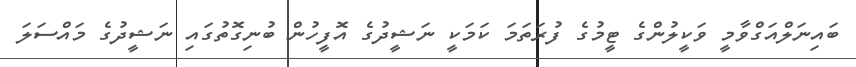
ބައިނަލްއަގްވާމީ ވަކީލުންގެ ޓީމުގެ ފުރަތަމަ ކަމަކީ ނަޝީދުގެ އޮފީހުން ބުނިގޮތުގައި ނަޝީދުގެ މައްސަލަ